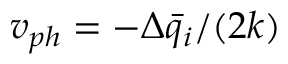
v _ { p h } = - \Delta \bar { q } _ { i } / ( 2 k )